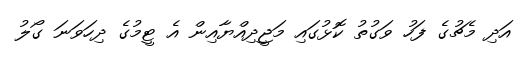
އަދި މެޗުގެ ފަހު ވަގުތު ކޮޅުގައި މަޖީދިއްޔާއިން އެ ޓީމުގެ ދިހަވަނަ ގޯލު